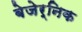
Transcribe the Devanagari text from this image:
बेजेर्निक